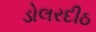
ડોલરદીઠ